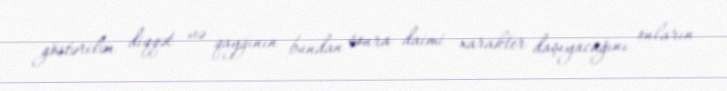
göstərilən diqqət və qayğının bundan sonra daimi xarakter daşıyacağını onların